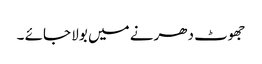
جھوٹ دھرنے میں بولا جائے ۔